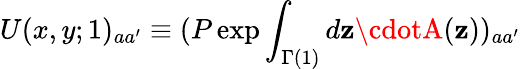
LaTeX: U(x,y;1)_{aa^{\prime}}\equiv(P\exp\int_{\Gamma(1)}d\mathbf{z}\cdotA(\mathbf{z}))_{aa^{\prime}}